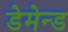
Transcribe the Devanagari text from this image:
डेमेन्ड